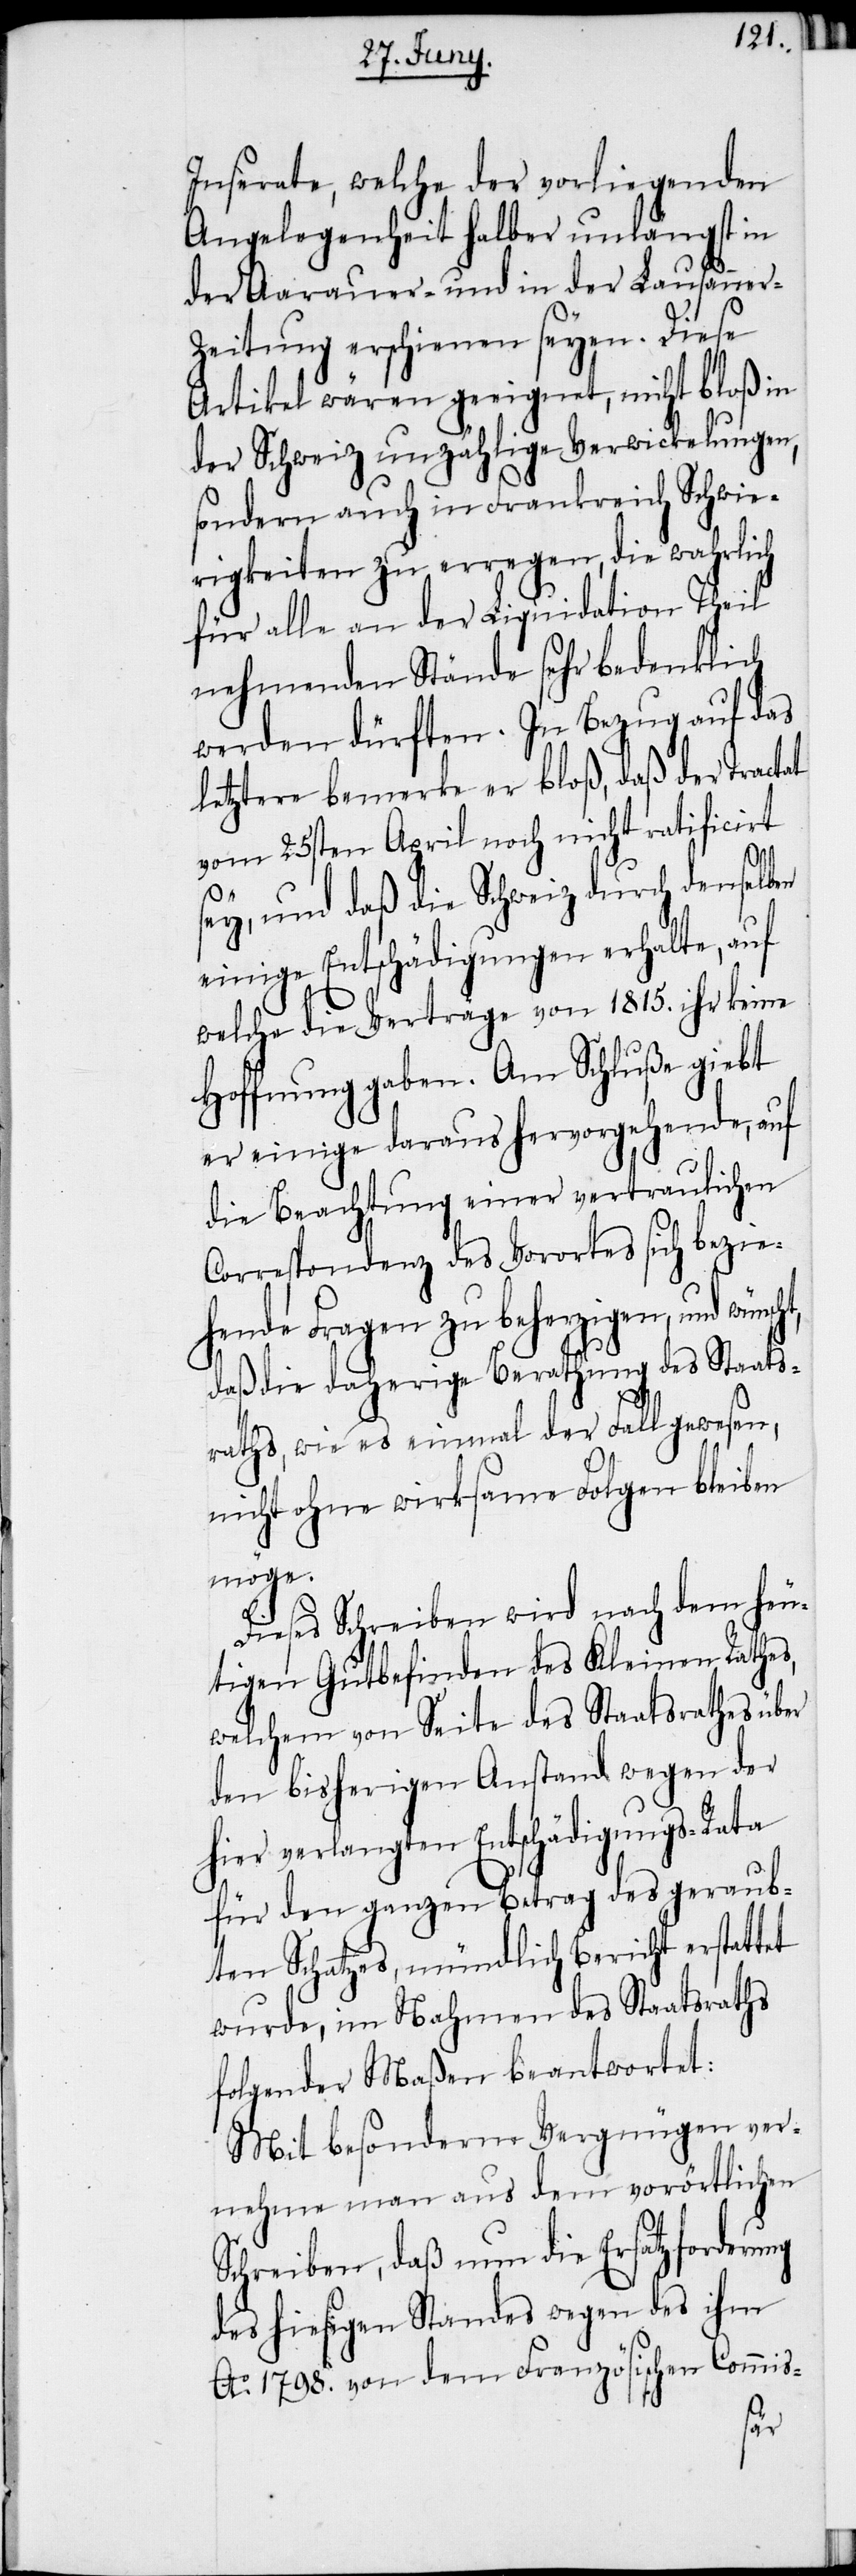
Inserate, welche der vorliegenden
Angelegenheit halber unlängst in
der Aarauer- und in der Lausanner-Z¬
eitung erschienen seyen. Diese
Artikel wären geeignet, nicht bloß in
der Schweiz unzählige Verwickelungen,
sondern auch in Frankreich Schwie¬
rigkeiten zu erregen, die wahrlich
für alle an der Liquidation Theil
nehmenden Stände sehr bedenklich
werden dürften. In Bezug auf das
letztere bemerke er bloß, daß der Tractat
vom 25sten April noch nicht ratificirt
sey, und daß die Schweiz durch denselben
einige Entschädigungen erhalte, auf
welche die Verträge von 1815. ihr keine
Hoffnung geben. Am Schluße giebt
er einige daraus hervorgehende, auf
die Beachtung einer vertraulichen
Correspondenz des Vorortes sich bezie¬
hende Fragen zu beherzigen, und wünsc¬
daß die daherige Berathung des Staats¬
raths, wie es einmal der Fall gewesen,
nicht ohne wirksame Folgen bleiben
möge.
Dieses Schreiben wird nach dem heu¬
tigen Gutbefinden des Kleinen Rathes,
welchem von Seite des Staatsrathes über
den bisherigen Anstand wegen der
hier verlangten Entschädigungs-Rata
für den ganzen Betrag des geraub¬
ten Schatzes, mündlich Bericht erstattet
wurde, im Nahmen des Staatsraths
folgender Maßen beantwortet:
Mit besonderm Vergnügen ver¬
nehme man aus dem vorörtlichen
Schreiben, daß nun die Ersatzforderu¬
des hiesigen Standes wegen des ihm
Ao. 1798. von dem Französischen Commis-
ng